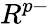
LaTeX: R^{p-}